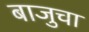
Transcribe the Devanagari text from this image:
बाजुचा